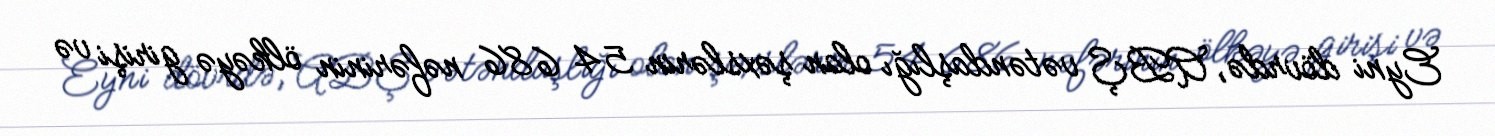
Eyni dövrdə, ABŞ vətəndaşlığı olan şəxslərin 54 686 nəfərinin ölkəyə girişi və